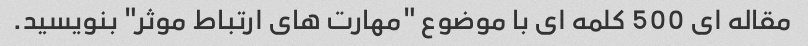
مقاله ای 500 کلمه ای با موضوع "مهارت های ارتباط موثر" بنویسید.